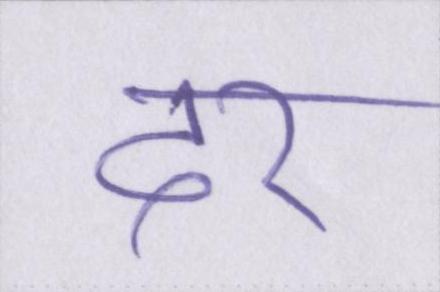
दर